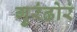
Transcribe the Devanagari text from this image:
गुरंढोरं